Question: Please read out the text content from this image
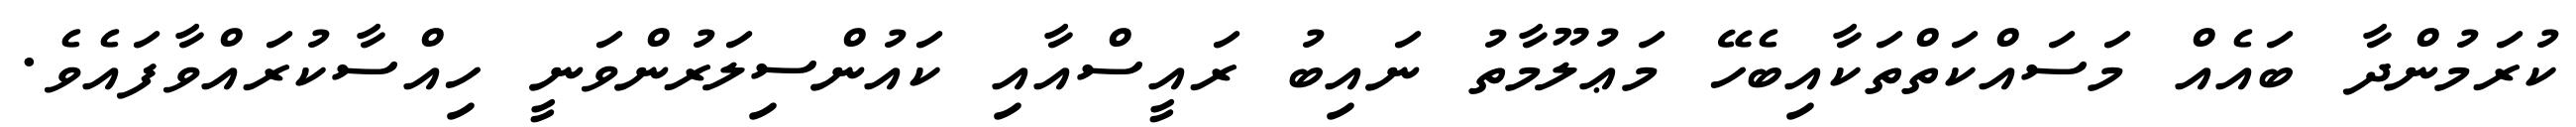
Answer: ކުރަމުންދާ ބައެއް މަސައްކަތްތަކާއިބެހޭ މަޢުލޫމާތު ނައިބު ރައީސްއާއި ކައުންސިލަރުންވަނީ ހިއްސާކުރައްވާފައެވެ.